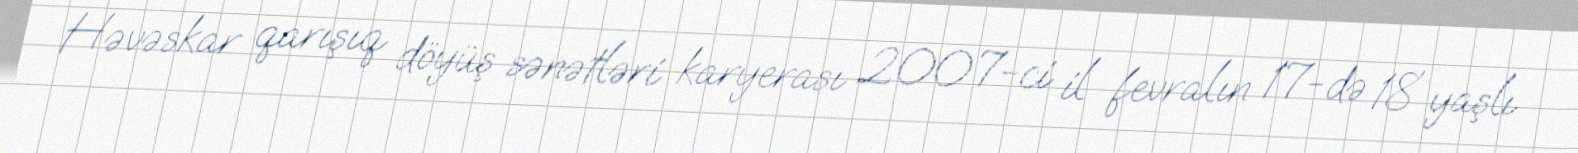
Həvəskar qarışıq döyüş sənətləri karyerası 2007-ci il fevralın 17-də 18 yaşlı